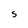
Character: S